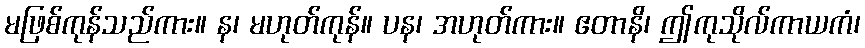
မဖြစ်ကုန်သည်ကား။ န၊ မဟုတ်ကုန်။ ပန၊ အဟုတ်ကား။ ဧတာနိ၊ ဤကုသိုလ်ကာယကံ၊